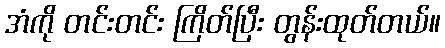
အံကို တင်းတင်း ကြိတ်ပြီး တွန်းထုတ်တယ်။